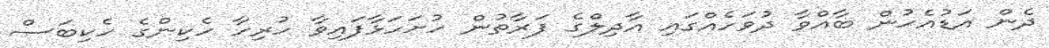
ދެން އަޑުއެހުން ބާއްވާ ދުވަހެއްގައި އާދިލްގެ ފަރާތުން ހުށަހަޅާފައިވާ ހުރިހާ ހެކިންގެ ހެކިބަސް